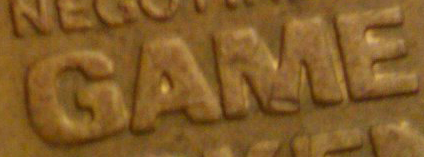
GAME